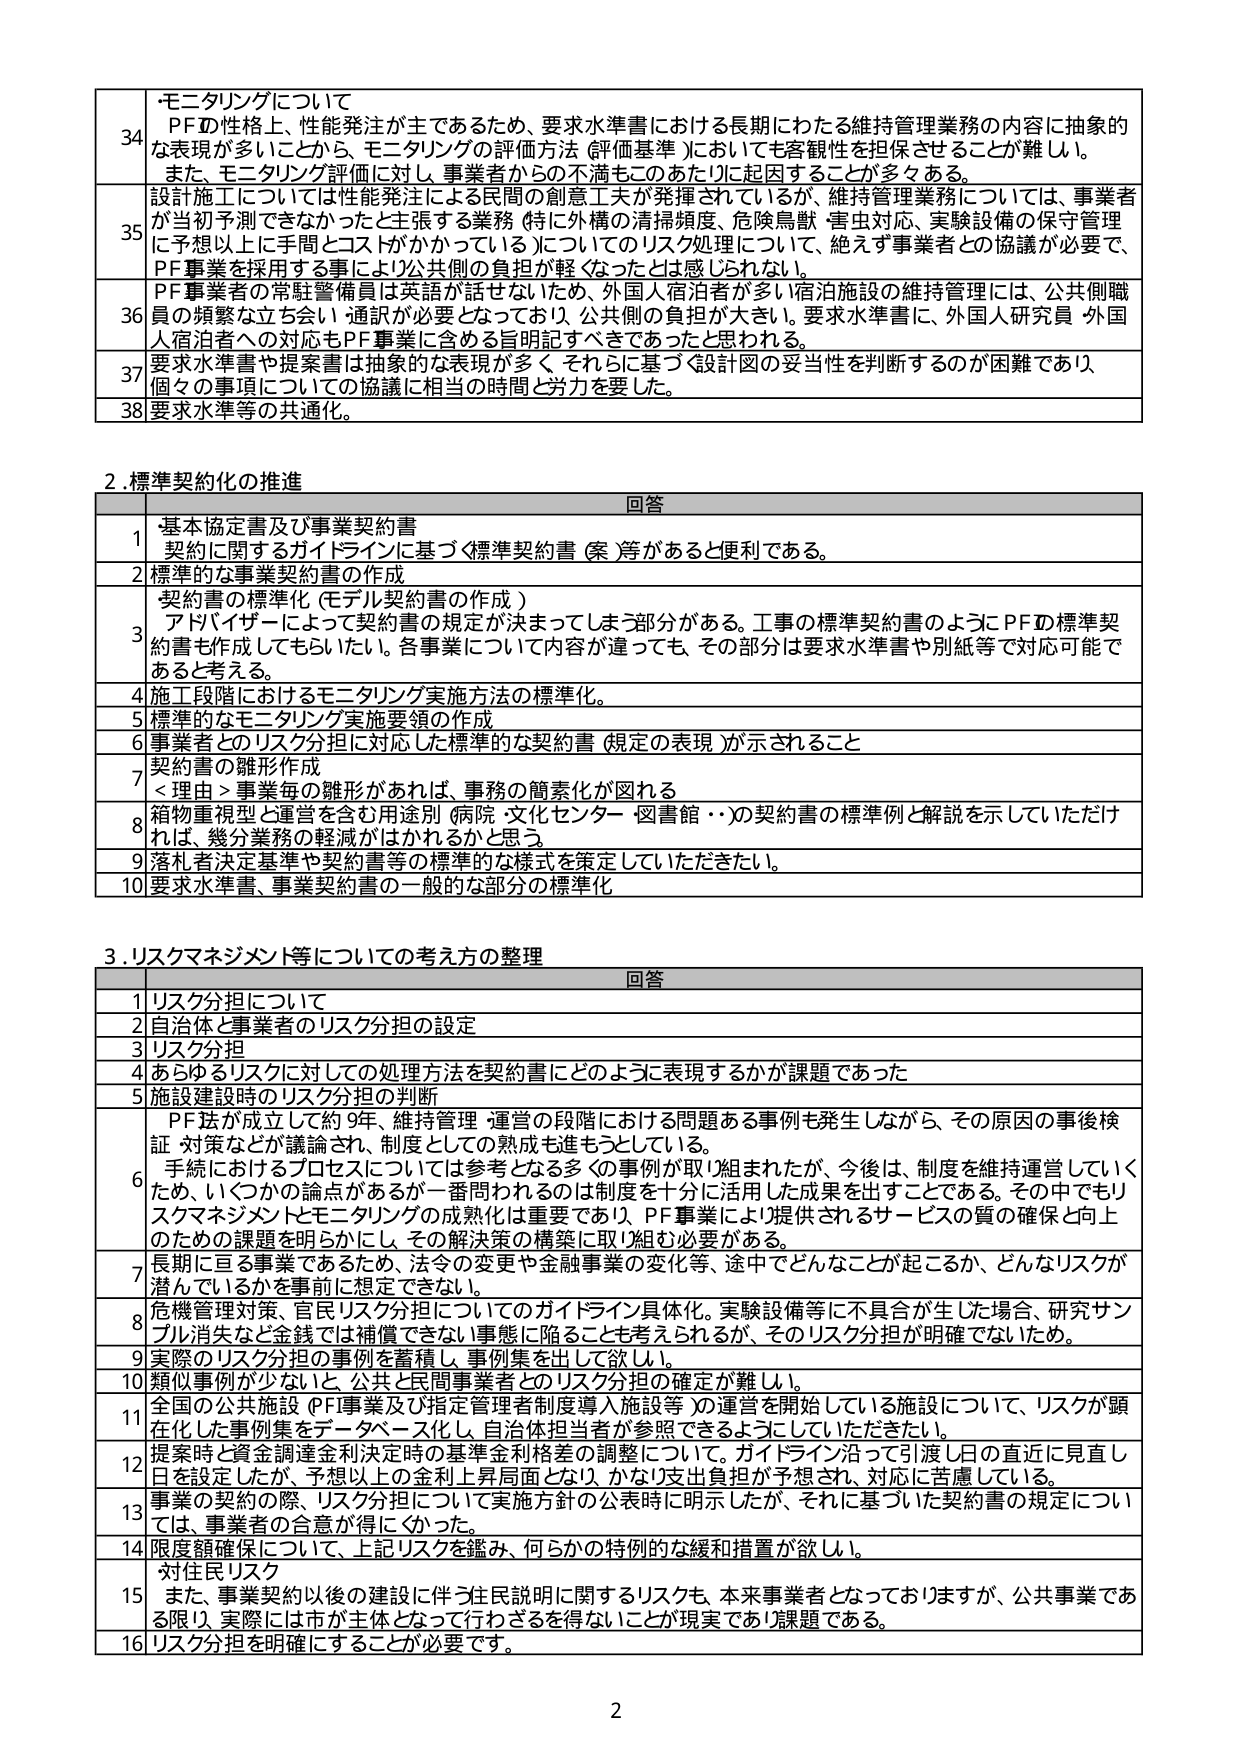
34 モニタリングについて
PFの性格上、性能発注が主であるため、要求水準書における長期にわたる維持管理業務の内容に抽象的な表現が多いことから、モニタリングの評価方法（評価基準）においても客観性を担保させることが難しい。
また、モニタリング評価に対し、事業者からの不満もこのあたりに起因することが多々ある。

35 設計施工については性能発注による民間の創意工夫が発揮されているが、維持管理業務については、事業者が当初予測していなかったと主張する業務（特に外構の清掃頻度、危険鳥獣・害虫対応、実験設備の保守管理に予想以上に手間とコストがかかっている）についてのリスク処理について、絶えず事業者との協議が必要で、PF事業を採用する事により公共側の負担が軽くなったとは感じられない。

36 PF事業者の常駐警備員は英語が話せないため、外国人宿泊者が多い宿泊施設の維持管理には、公共側職員の頻繁な立ち会い・通訳が必要となっており、公共側の負担が大きい。要求水準書に、外国人研究員・外国人宿泊者への対応もPF事業に含める旨明記すべきであったと思われる。

37 要求水準書や提案書は抽象的な表現が多く、それらに基づく設計図の妥当性を判断するのが困難であり、個々の事項についての協議に相当の時間と労力を要した。

38 要求水準等の共通化。

2. 標準契約化の推進
回答
1 基本協定書及び事業契約書
契約に関するガイドラインに基づく標準契約書（案）等があると便利である。
2 標準的な事業契約書の作成
3 契約書の標準化（モデル契約書の作成）
アドバイザーによって契約書の規定が決まってしまう部分がある。工事の標準契約書のようにPFの標準契約書も作成してもらいたい。各事業について内容が違っても、その部分は要求水準書や別紙等で対応可能であると考える。
4 施工段階におけるモニタリング実施方法の標準化。
5 標準的なモニタリング実施要領の作成
6 事業者とのリスク分担に対応した標準的な契約書（規定の表現）が示されること
7 契約書の雛形作成
＜理由＞事業毎の雛形があれば、事務の簡素化が図れる
8 箱物重視型と運営を含む用途別（病院・文化センター・図書館・・）の契約書の標準例と解説を示していただければ、幾分業務の軽減がはかれるかと思う。
9 落札者決定基準や契約書等の標準的な様式を策定していただきたい。
10 要求水準書、事業契約書の一般的な部分の標準化

3. リスクマネジメント等についての考え方の整理
回答
1 リスク分担について
2 自治体と事業者のリスク分担の設定
3 リスク分担
4 あらゆるリスクに対しての処理方法を契約書にどのように表現するかが課題であった
5 施設建設時のリスク分担の判断
6 PF法が成立して約9年、維持管理・運営の段階における問題ある事例も発生しながら、その原因の事後検証・対策などが議論され、制度としての成熟も進もつとしている。
手続におけるプロセスについては参考となる多くの事例が取り組まれたが、今後は、制度を維持運営していくため、いくつかの論点があるが一番問われるのは制度を十分に活用した成果を出すことである。その中でもリスクマネジメントとモニタリングの成熟化は重要であり、PF事業により提供されるサービスの質の確保と向上のための課題を明らかにし、その解決策の構築に取り組む必要がある。
7 長期に亘る事業であるため、法令の変更や金融事業の変化等、途中でどんなことが起こるか、どんなリスクが潜んでいるかを事前に想定できない。
8 危機管理対策、官民リスク分担についてのガイドライン具体化。実験設備等に不具合が生じた場合、研究サンプル消失など金銭では補償できない事態に陥ることも考えられるが、そのリスク分担が明確でないため。
9 実際のリスク分担の事例を蓄積し、事例集を出して欲しい。
10 類似事例が少ないと、公共と民間事業者とのリスク分担の確定が難しい。
11 全国の公共施設（PF事業及び指定管理導入施設等）の運営を開始している施設について、リスクが顕在化した事例集をデータベース化し、自治体担当者が参照できるようにしていただきたい。
12 提案時と資金調達金利決定時の基準金利格差の調整について。ガイドライン沿って引渡し日の直近に見直し日を設定したが、予想以上の金利上昇局面となり、かなり支出負担が予想され、対応に苦慮している。
13 事業の契約の際、リスク分担について実施方針の公表時に明示したが、それに基づいた契約書の規定については、事業者の合意が得にくかった。
14 限度額確保について、上記リスクを鑑み、何らかの特例的な緩和措置が欲しい。
15 対住民リスク
また、事業契約以後の建設に伴う住民説明に関するリスクも、本来事業者となっておりますが、公共事業である限り、実際には市が主体となって行わざるを得ないことが現実であり課題である。
16 リスク分担を明確にすることが必要です。

2